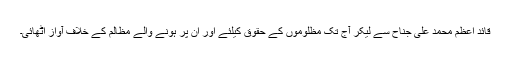
قائد اعظم محمد علی جناح سے لیکر آج تک مظلوموں کے حقوق کیلئے اور ان پر ہونے والے مظالم کے خلاف آواز اٹھائی۔